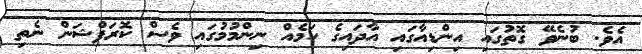
އެވެ. ބުނެވޭ ގޮތުގައި އިންޑިއާގައި އާދައިގެ ކަމެއް ނިންމުމުގައި ވެސް ކޮރަޕްޝަން ނެތި